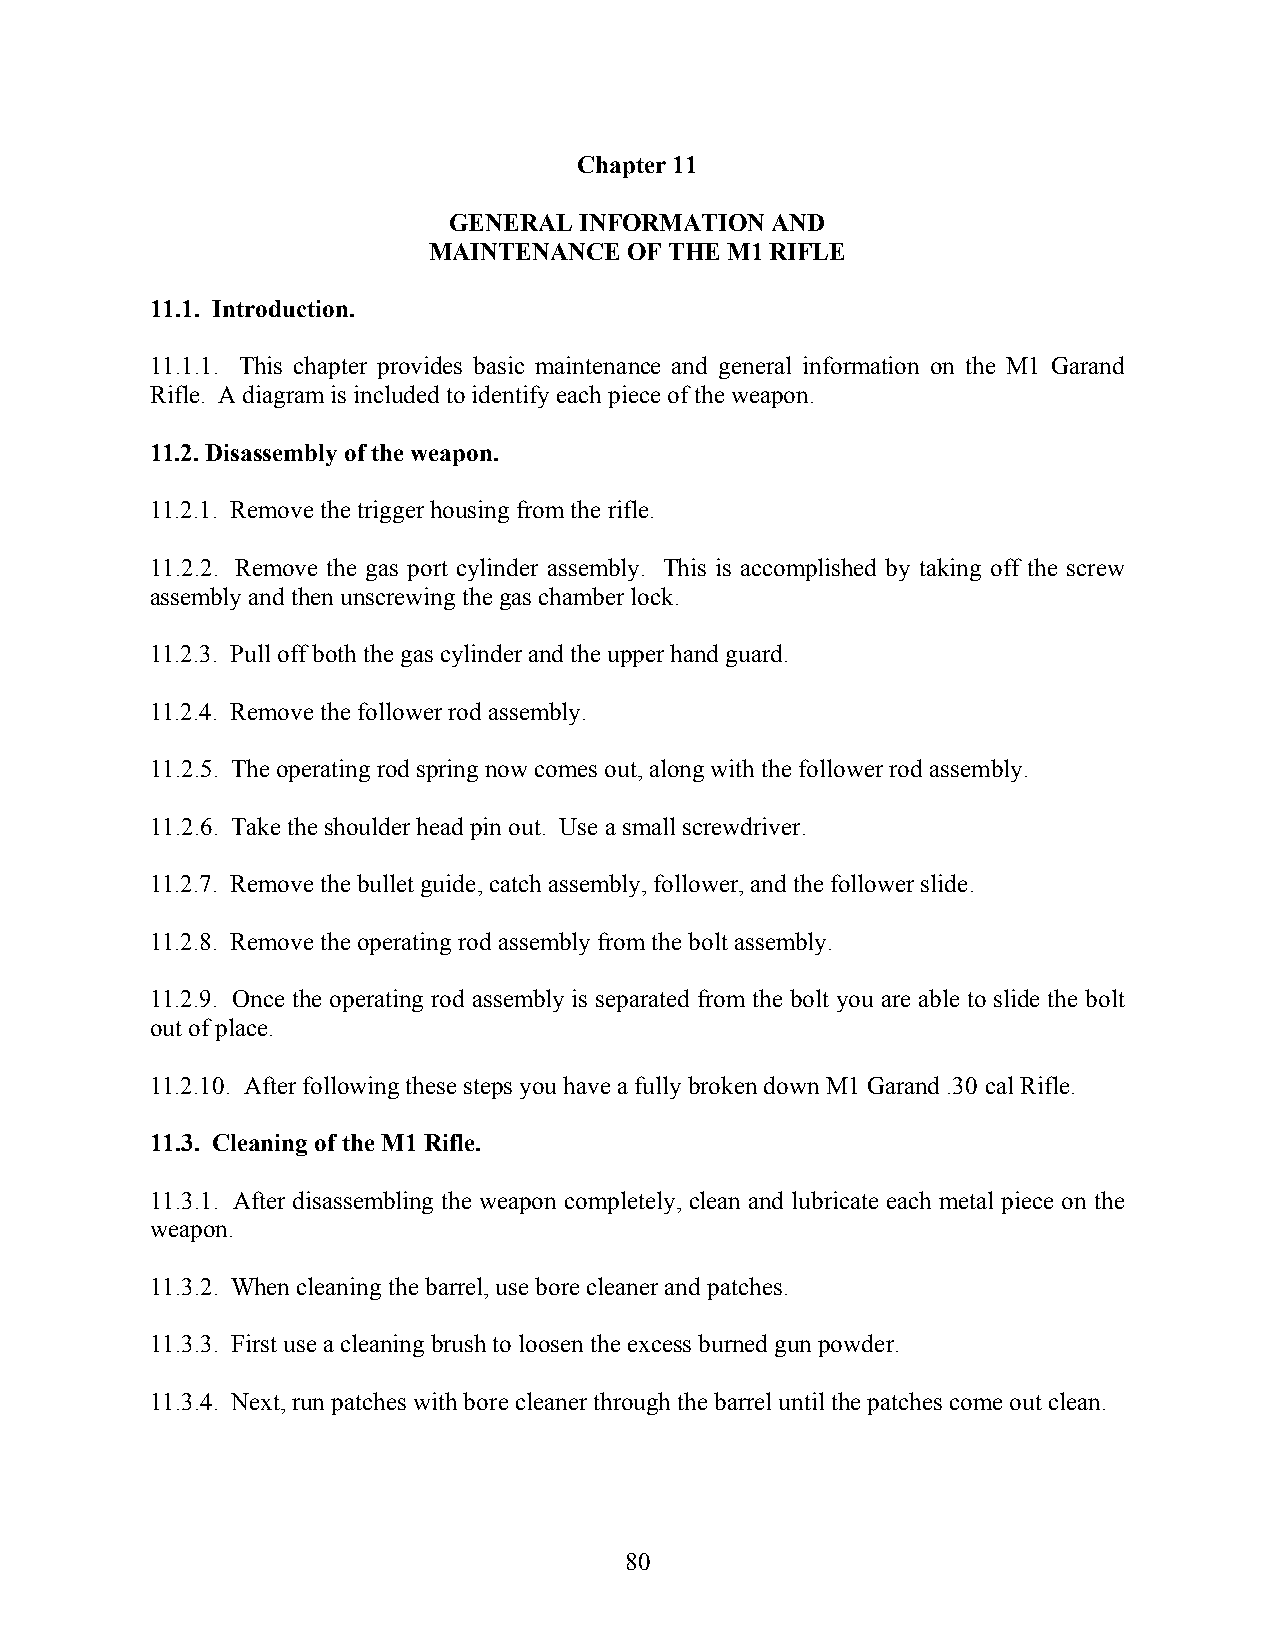
Chapter 11
 GENERAL INFORMATION  AND
 MAINTENANCE   OF THE M1 RIFLE
 11.1. Introduction.
 11.1.1. This chapter provides basic maintenance and general information on the M1 Garand
 Rifle. A diagram is included to identify each piece of the weapon.
 11.2. Disassembly of the weapon.
 11.2.1. Remove the trigger housing from the rifle.
 11.2.2. Remove the gas port cylinder assembly. This is accomplished by taking off the screw
 assembly and then unscrewing the gas chamber lock.
 11.2.3. Pull off both the gas cylinder and the upper hand guard.
 11.2.4. Remove the follower rod assembly.
 11.2.5. The operating rod spring now comes out, along with the follower rod assembly.
 11.2.6. Take the shoulder head pin out. Use a small screwdriver.
 11.2.7. Remove the bullet guide, catch assembly, follower, and the follower slide.
 11.2.8. Remove the operating rod assembly from the bolt assembly.
 11.2.9. Once the operating rod assembly is separated from the bolt you are able to slide the bolt
 out of place.
 11.2.10. After following these steps you have a fully broken down M1 Garand .30 cal Rifle.
 11.3. Cleaning of the M1 Rifle.
 11.3.1. After disassembling the weapon completely, clean and lubricate each metal piece on the
 weapon.
 11.3.2. When cleaning the barrel, use bore cleaner and patches.
 11.3.3. First use a cleaning brush to loosen the excess burned gun powder.
 11.3.4. Next, run patches with bore cleaner through the barrel until the patches come out clean.
 80